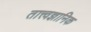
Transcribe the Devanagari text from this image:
तात्त्वज्ञानिक